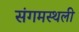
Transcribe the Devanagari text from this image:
संगमस्थली